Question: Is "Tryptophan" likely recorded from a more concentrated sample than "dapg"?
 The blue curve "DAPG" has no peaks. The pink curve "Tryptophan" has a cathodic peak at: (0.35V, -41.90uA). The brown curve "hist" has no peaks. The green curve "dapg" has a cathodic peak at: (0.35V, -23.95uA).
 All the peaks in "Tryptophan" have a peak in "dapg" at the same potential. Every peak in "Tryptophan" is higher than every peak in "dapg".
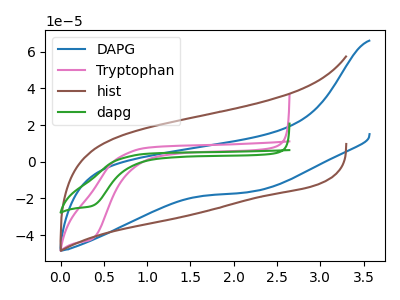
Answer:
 <answer>"Tryptophan" has more signal than "dapg".</answer>
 <eval>more_signal</eval>